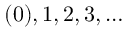
( 0 ) , 1 , 2 , 3 , \ldots